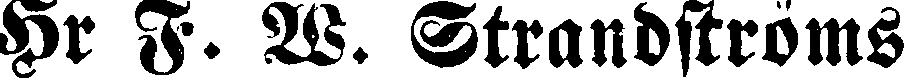
Hr F. W. Strandströms